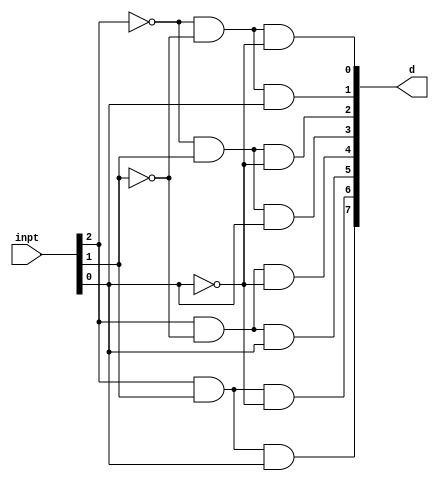
`timescale 1ns / 1ps
//////////////////////////////////////////////////////////////////////////////////
// Company: 
// Engineer: 
// 
// Design Name: 
// Module Name:    decoder 
// Project Name: 
// Target Devices: 
// Tool versions: 
// Description: 
//
// Dependencies: 
//
// Revision: 
// Revision 0.01 - File Created
// Additional Comments: 
//
//////////////////////////////////////////////////////////////////////////////////
module decoder(inpt, d);
	input [2:0] inpt;
	
	output [7:0] d;
	reg [7:0]d;
	always @(inpt) begin
	 d[7] <= (inpt[2] && inpt[1] && inpt[0]);
	 d[6] <= (inpt[2] && inpt[1] && (~inpt[0]));
	 d[5] <= (inpt[2] && (~inpt[1]) && inpt[0]);
	 d[4] <= (inpt[2] && (~inpt[1]) && (~inpt[0]));
	 d[3] <= ((~inpt[2]) && inpt[1] && inpt[0]);
	 d[2] <= ((~inpt[2]) && inpt[1] && (~inpt[0]));
	 d[1] <= ((~inpt[2]) && (~inpt[1]) && inpt[0]);
	 d[0] <= ((~inpt[2]) && (~inpt[1]) && (~inpt[0]));
	end


endmodule